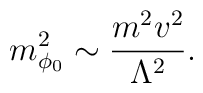
m^2_{\phi_0} \sim {m^2 v^2 \over \Lambda^2}  .